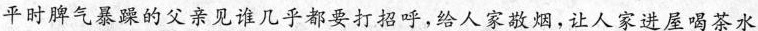
平时脾气暴躁的父亲见谁几乎都要打招呼,给人家敬烟，让人家进屋喝茶水